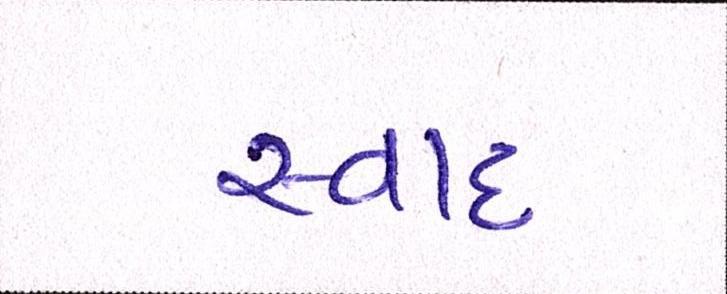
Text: સ્વાદ